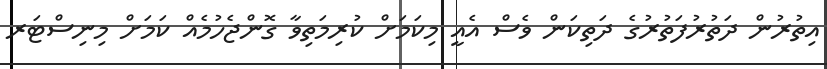
އިތުރުން ދަތުރުފަތުރުގެ ދަތިކަން ވެސް އެއީ މިކަމަށް ކުރިމަތިވާ ގޮންޖެހުމެއް ކަމަށް މިނިސްޓަރ